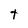
Character: t